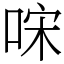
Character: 𠳼